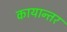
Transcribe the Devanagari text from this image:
कायान्तर